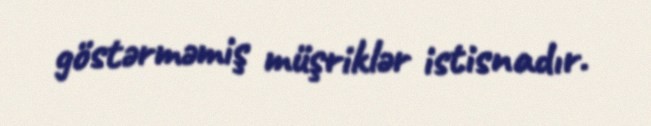
göstərməmiş müşriklər istisnadır.